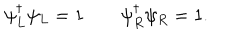
LaTeX: \psi _ { L } ^ { \dagger } \psi _ { L } = 1 \quad \quad \psi _ { R } ^ { \dagger } \psi _ { R } = 1 .